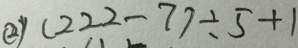
( 2 ) ( 2 2 2 - 7 ) \div 5 + 1